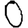
Digit: 0